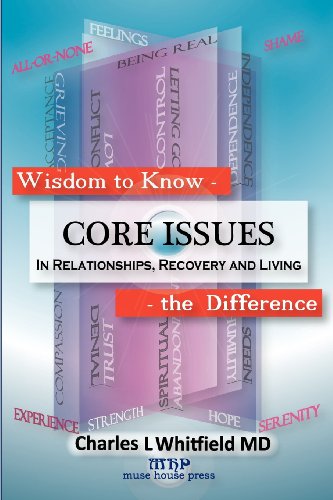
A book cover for Wisdom to Know the Difference: Core Issues in Relationships, Recovery and Living; Charles L. Whitfield; Self-Help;